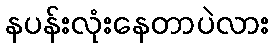
နပန်းလုံးနေတာပဲလား